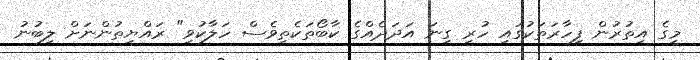
މީގެ އިތުރުން ފިހާރަތަކުގައި ހުރި ގިނަ އަދަދެއްގެ ކާބޯތަކެތިވެސް ހަލާކުވި" ރައްޔިތުންނަށް ލިބުނު